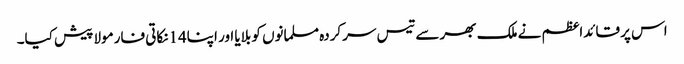
اس پر قائداعظم نے ملک بھر سے تیس سرکردہ مسلمانوں کو بلایا اور اپنا14نکاتی فارمولا پیش کیا۔